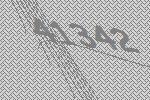
41342